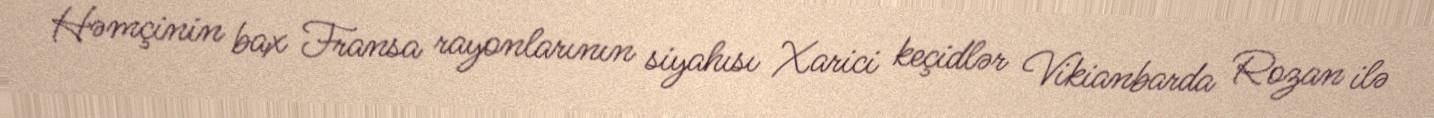
Həmçinin bax Fransa rayonlarının siyahısı Xarici keçidlər Vikianbarda Rozan ilə